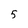
Character: 5